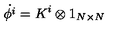
\dot { \phi ^ { i } } = K ^ { i } \otimes 1 _ { N \times N }